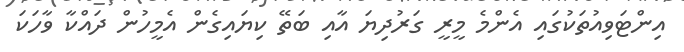
އިންޓަވިއުތަކުގައި އެންމެ މީރީ ގަރުދިޔަ އާއި ބަތޭ ކިޔައިގެން އެމީހުން ދައްކާ ވާހަކަ